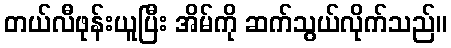
တယ်လီဖုန်းယူပြီး အိမ်ကို ဆက်သွယ်လိုက်သည်။